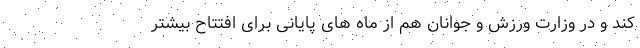
کند و در وزارت ورزش و جوانان هم از ماه های پایانی برای افتتاح بیشتر